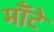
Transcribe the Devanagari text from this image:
मॉँटे